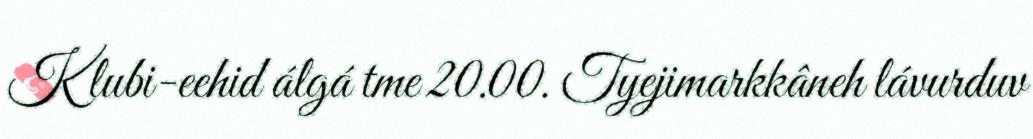
Klubi-eehid álgá tme 20.00. Tyejimarkkâneh lávurduv